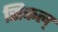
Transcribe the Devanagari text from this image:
सिकल्